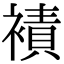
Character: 襀